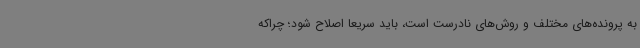
به پرونده‌های مختلف و روش‌های نادرست است، باید سریعا اصلاح شود؛ چراکه